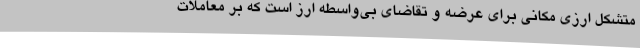
متشکل ارزی مکانی برای عرضه و تقاضای بی‌واسطه ارز است که بر معاملات